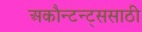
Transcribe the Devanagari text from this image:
अकौन्टन्ट्‌ससाठी